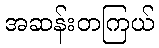
အဆန်းတကြယ်